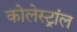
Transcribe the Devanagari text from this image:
कोलेस्ट्रांल